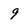
Character: 9